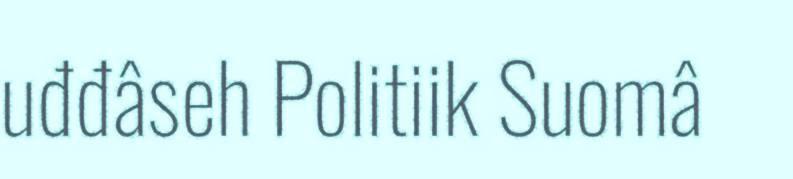
uđđâseh Politiik Suomâ